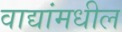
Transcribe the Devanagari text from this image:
वाद्यांमधील